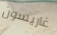
غاريسون